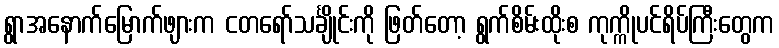
ရွာအနောက်မြောက်ဖျားက ငတရော်သင်္ချိုင်းကို ဖြတ်တော့ ရွက်စိမ်းထိုးစ ကုက္ကိုပင်ရိပ်ကြီးတွေက